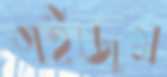
গইজুম